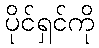
ပိုင်ရှင်ကို